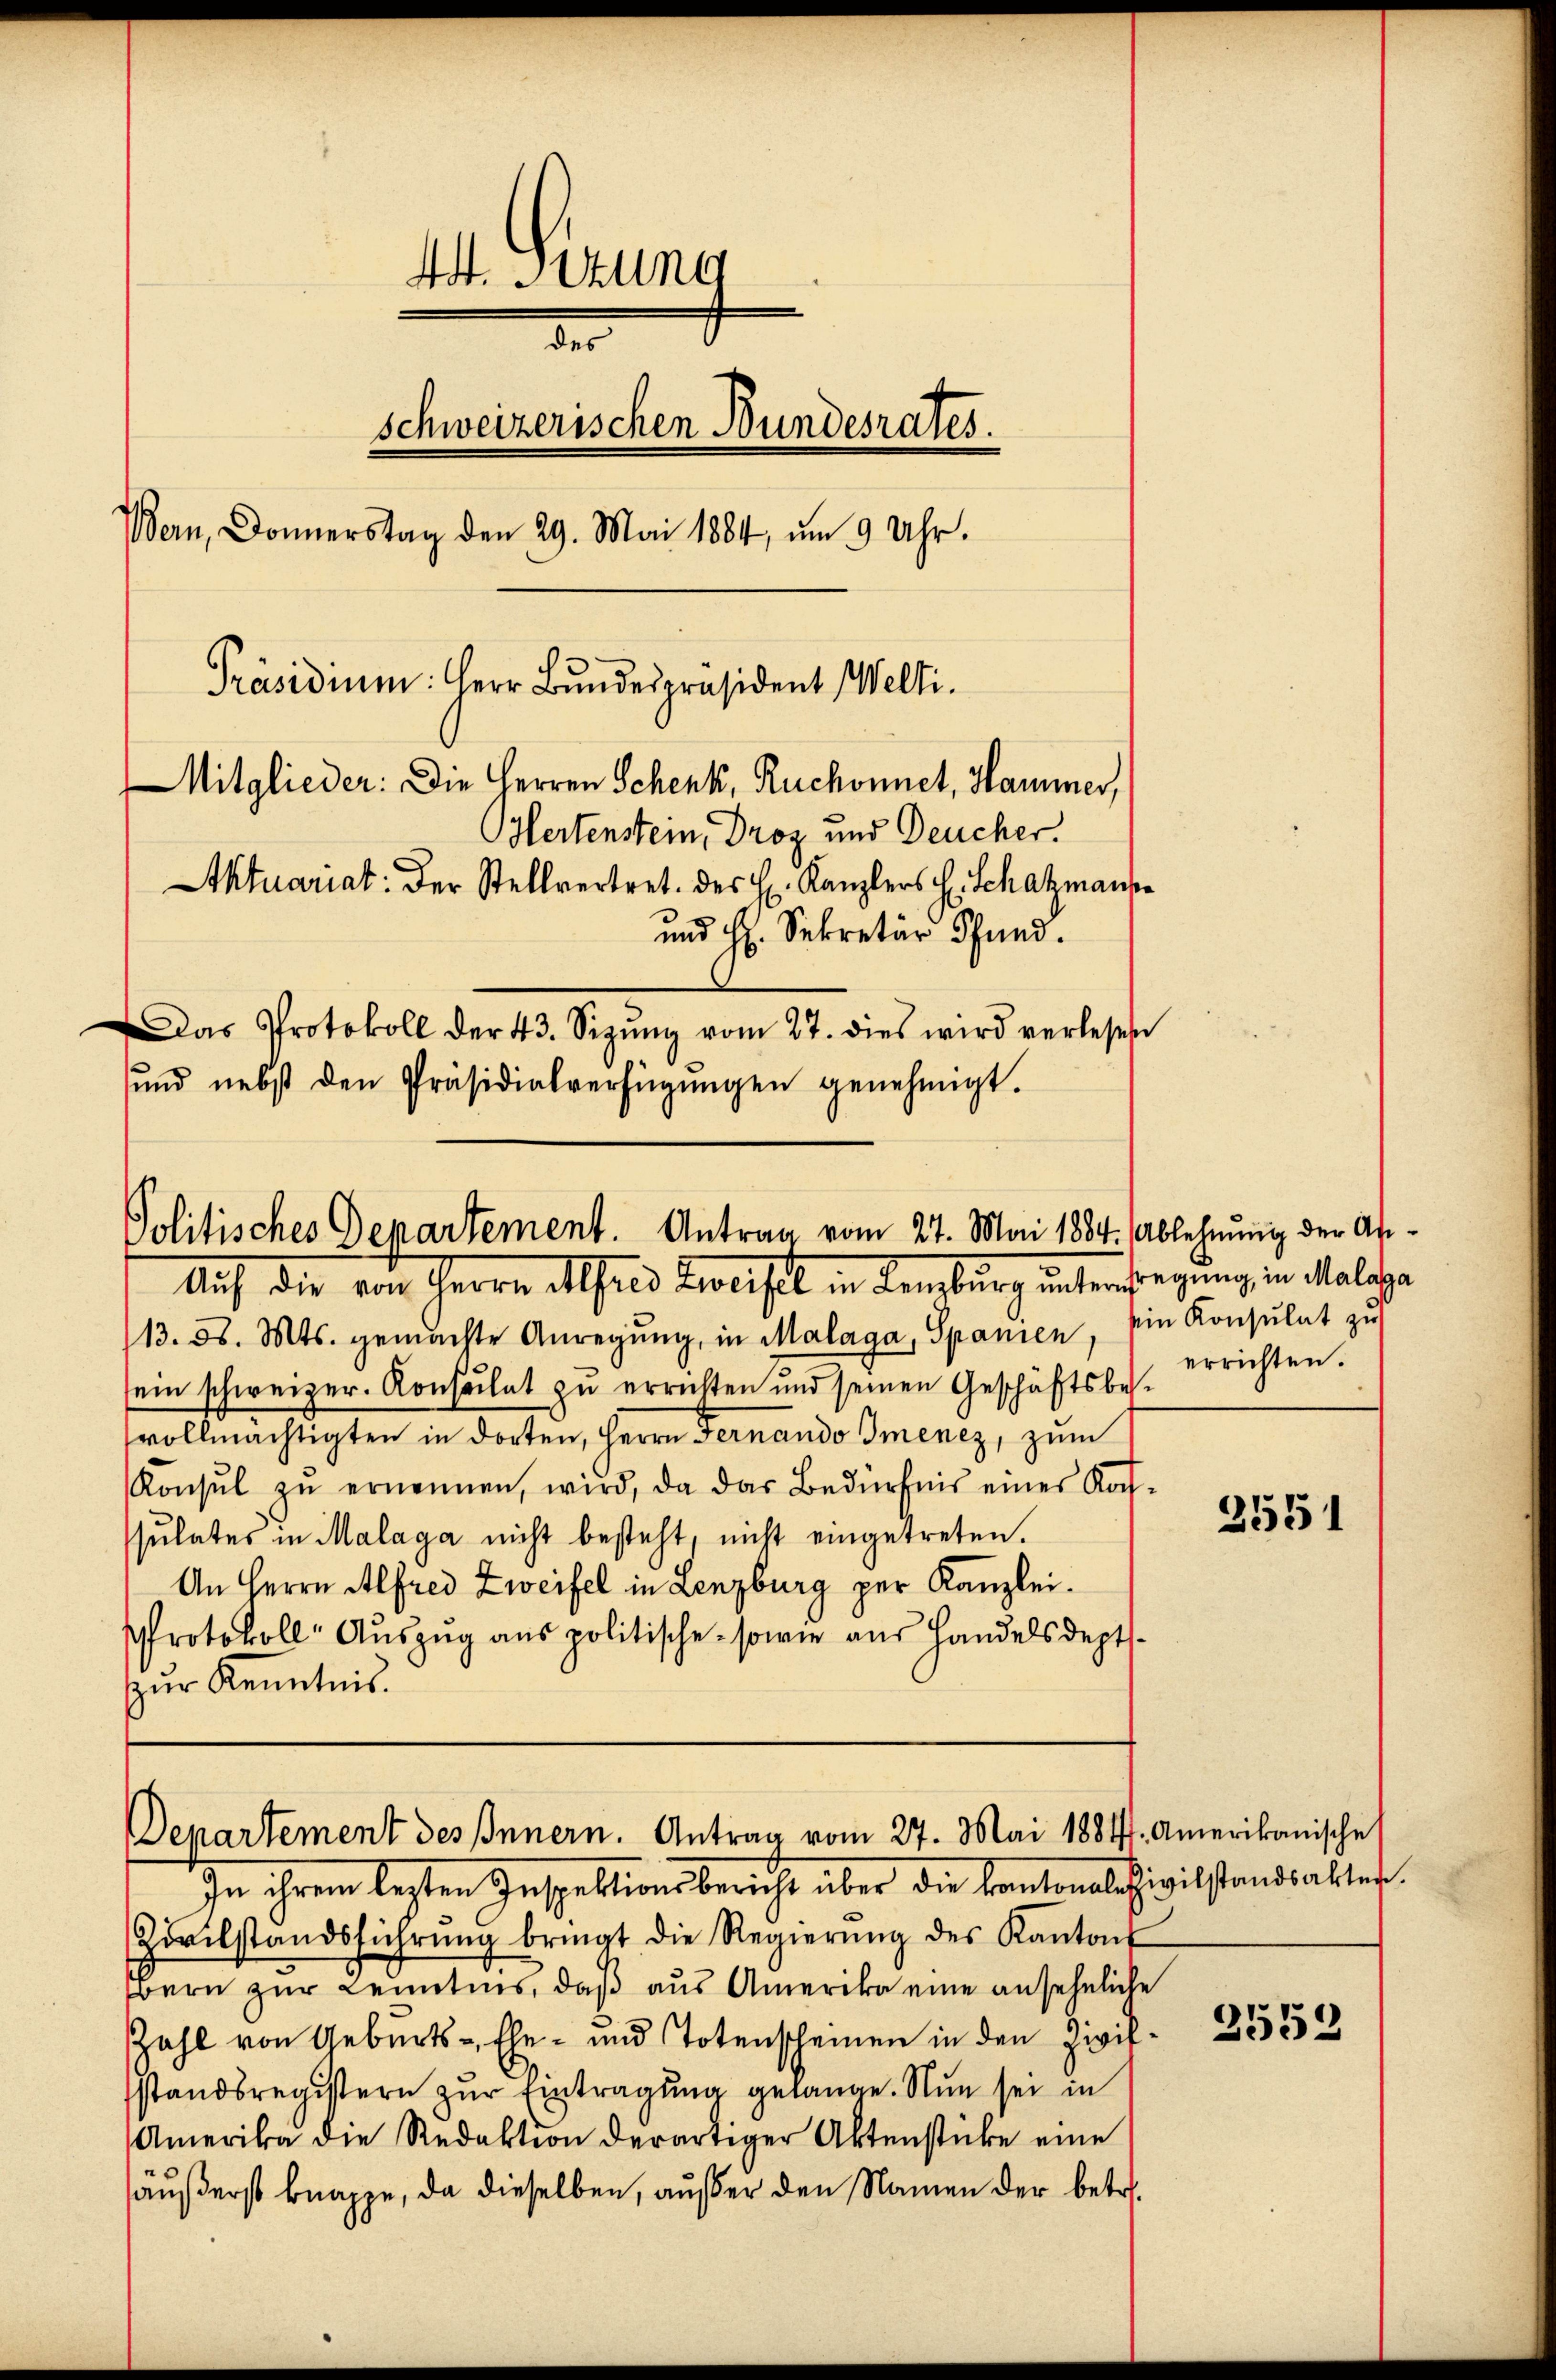
44. Sizung
de
schweizerischen Bundesrates.
Bern, Donnerstag den 29. Mai 1884, um 9 Uhr.
Präsidium: Herr Bundespräsident Welti.
Mitglieder: Die Herren Schenk, Ruchonnet, Hammer,
Hertenstein, Droz und Deucher.
Aktuariat: Der Stellvertret. des H. Kanzlers H. Schatzmann
und H. Sekretär Pfand.
Das Protokoll der 43. Sizŭng vom 27. dies wird verlesen
ŭnd nebst den Präsidialverfügŭngen genehmigt.

Auf die von Herrn Alfred Zweifel in Lenzburg unterstegung in Malche
113. d. Mts. gemachte Anregŭng, in Malaga, Spanien, sie Konsulat zŭ
sein schweizer. Konsulat zu errichten und seinen Geschäftsbesvollmächtigten in dorten, Herrn Fernando Imenez, zum
Konsul zŭ ernennen, wird, da das Bedürfnis einer Koch-
sŭltates in Malaga nicht besteht, nicht eingetreten.
An Herrn Alfred Zweifel in Lenzburg per Kanzlei¬
Protokoll-Auszug aus politische sowie aus Handelsdeptzŭr Kenntnis.

Politisches Departement. Antrag vom 27. Mai 1884. Ablehnung der An¬

Departement des Innern. Antrag vom 27. Mai 1884. Amerikanische

In ihrem besten Inspektionsbericht über die kantonalcivilstandsaktes.
Zivilstandsführŭng bringt die Regierŭng des Kantons
Bern zur Lenntnis, daß aus Amerika eine ansehnliche
Zahl von Geburts- Ehe- und Totenscheinen in den Zivilsstandsregistern zur Eintragung gelange. Nun sei in
Amerika die Redaktion derartiger Aktenstücke eine
äußerst knappe, da dieselben, außer den Namen der betr.

errichten.

2551

2552